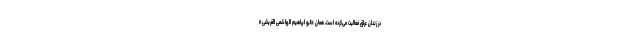
در زندان عراق فعالیت می‌کرده است، همان «ابو ابراهیم الهاشمی القریشی»